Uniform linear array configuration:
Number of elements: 32
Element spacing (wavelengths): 0.5
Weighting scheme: cosine
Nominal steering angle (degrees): -60
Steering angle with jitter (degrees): -60.162
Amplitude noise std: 0.05
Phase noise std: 0.05

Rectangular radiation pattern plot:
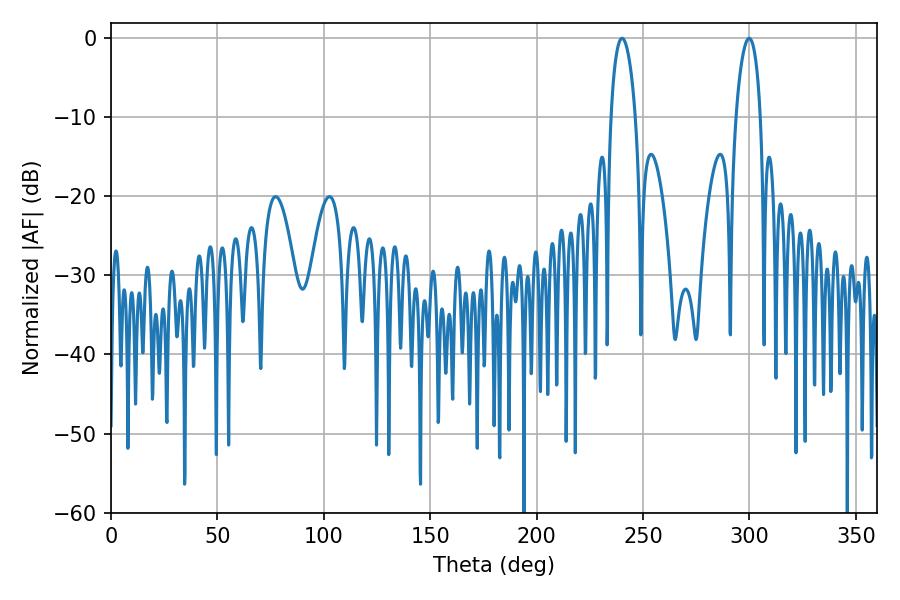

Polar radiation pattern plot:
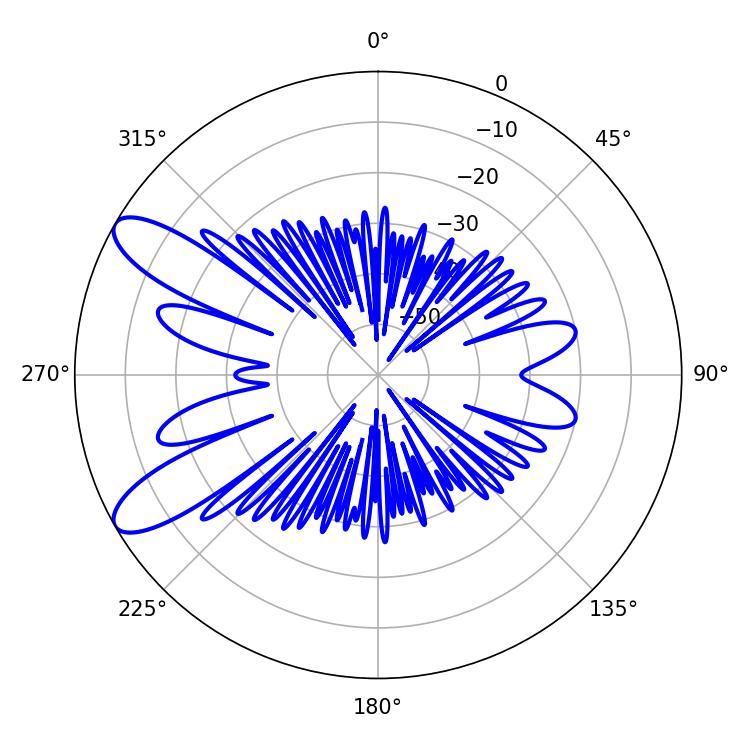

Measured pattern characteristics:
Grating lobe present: FALSE
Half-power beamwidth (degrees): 6.48
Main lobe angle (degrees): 240.12